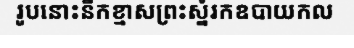
រូបនោះនឹកខ្មាសព្រះស្នំរកឧបាយកល